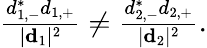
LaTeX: \begin{array}{r}{\frac{d_{1,-}^{*}d_{1,+}}{|{\mathbf d}_{1}|^{2}}\ne\frac{d_{2,-}^{*}d_{2,+}}{|{\mathbf d}_{2}|^{2}}.}\end{array}